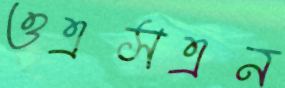
ওএসএন